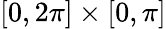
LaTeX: [0,2\pi]\times[0,\pi]